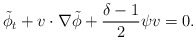
\begin{align*}\tilde{\phi}_t+v\cdot \nabla \tilde{\phi}+\frac{\delta-1}{2}\psi v=0.\end{align*}